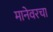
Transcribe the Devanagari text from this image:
मानेवरचा